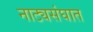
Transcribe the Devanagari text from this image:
नाट्यसंघात